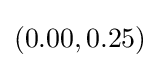
(0.00,0.25)